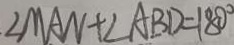
\angle M A N + \angle A B D = 1 8 0 ^ { \circ }